Civil Veterinary Department. United Provinces 1912-22 - 1912-1922
Year: 1912
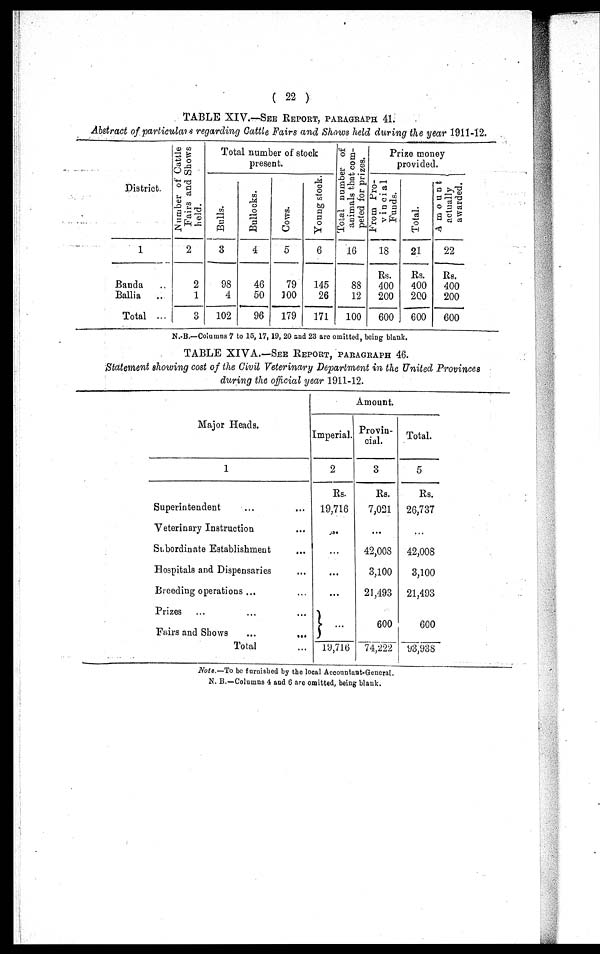
( 22 )
TABLE XIV.—SEE REPORT, PARAGRAPH 41.
Abstract of particulars regarding Cattle Fairs and Shows held during the year 1911-12.
District.
1
Banda ..
Ballia
..
Total ...
Number of Cattle
Fairs and Shows
held.
2
2
1
3
Total number of stock
Bulls.
3
98
4
102
Bullocks.
4
46
50
96
Cows.
5
79
100
179
Young stock.
6
145
26
171
Total number of
animals that com-
peted for prizes.
16
88
12
100
Prize money
provided.
From Pro-
vincia1
Funds.
18
Rs.
400
200
600
Total.
21
Rs.
400
200
600
Amount
actually
awarded.
22
Rs.
400
200
600
N.-B.—Columns 7 to 15, 17, 19, 20 and 23 are omitted, being blank.
TABLE XIVA.—SEE REPORT, PARAGRAPH 46.
Statement showing cost of the Civil Veterinary Department in the United Provinces
during the official year 1911-12.
Major Heads.
1
Superintendent ... ...
Veterinary Instruction ...
Subordinate Establishment ...
Hospitals and Dispensaries ...
Breeding operations ... ...
Prizes ... ... ...
Fairs and Shows
...
...
Total ...
Amount.
Imperial.
2
Rs.
19,716
...
...
...
...
19,716
Provin-
cial.
Rs.
7,021
...
42,008
3,100
21,493
600
74,222
Total.
5
Rs.
26,737
42,008
3,100
21,493
600
93,938
Note.—To be furnished by the local Accountant-General.
N. B.—Columns 4 and 6 are omitted, being blank.